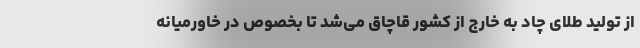
از تولید طلای چاد به خارج از کشور قاچاق می‌شد تا بخصوص در خاورمیانه